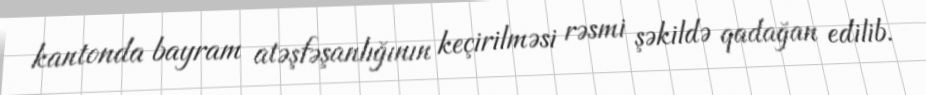
kantonda bayram atəşfəşanlığının keçirilməsi rəsmi şəkildə qadağan edilib.